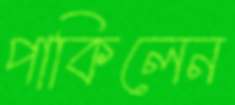
পাকিলেন